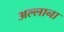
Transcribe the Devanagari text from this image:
अल्लाना